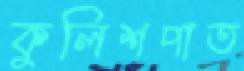
কুলিশপাত